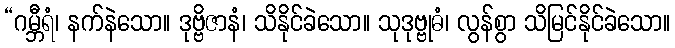
“ဂမ္ဘီရံ၊ နက်နဲသော။ ဒုဗ္ဗိဇာနံ၊ သိနိုင်ခဲသော။ သုဒုဗ္ဗုဓံ၊ လွန်စွာ သိမြင်နိုင်ခဲသော။